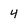
Character: 4